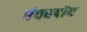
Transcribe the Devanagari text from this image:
पंचवषीय